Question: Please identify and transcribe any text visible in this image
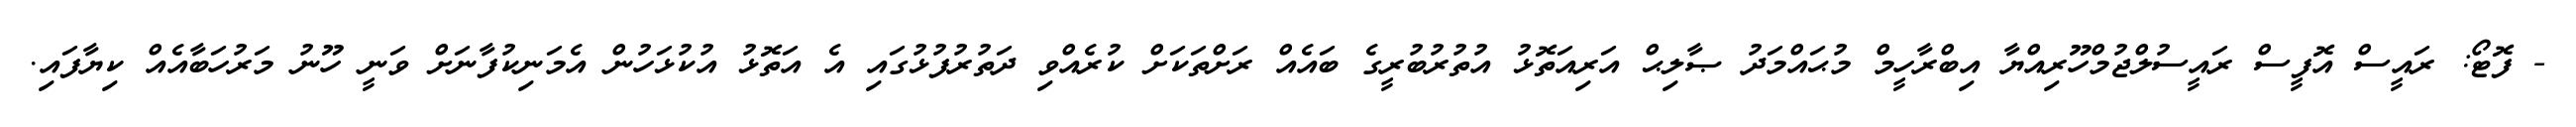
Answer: - ފޮޓޯ: ރައީސް އޮފީސް ރައީސުލްޖުމްހޫރިއްޔާ އިބްރާހީމް މުޙައްމަދު ޞާލިޙް އަރިއަތޮޅު އުތުރުބުރީގެ ބައެއް ރަށްތަކަށް ކުރެއްވި ދަތުރުފުޅުގައި އެ އަތޮޅު އުކުޅަހުން އެމަނިކުފާނަށް ވަނީ ހޫނު މަރުހަބާއެއް ކިޔާފައި.